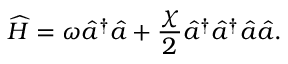
\widehat { H } = \omega \hat { a } ^ { \dagger } \hat { a } + \frac { \chi } { 2 } \hat { a } ^ { \dagger } \hat { a } ^ { \dagger } \hat { a } \hat { a } .